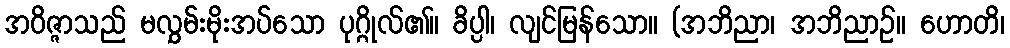
အဝိဇ္ဇာသည် မလွှမ်းမိုးအပ်သော ပုဂ္ဂိုလ်၏။ ခိပ္ပါ၊ လျင်မြန်သော။ (အဘိညာ၊ အဘိညာဉ်။ ဟောတိ၊